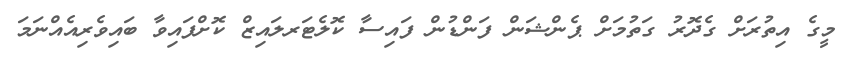
މީގެ އިތުރަށް ގެދޮރު ގަތުމަށް ޕެންޝަން ފަންޑުން ފައިސާ ކޮލެޓަަރލައިޒް ކޮށްފައިވާ ބައިވެރިއެއްނަމަ